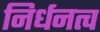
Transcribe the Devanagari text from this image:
निर्धनत्व